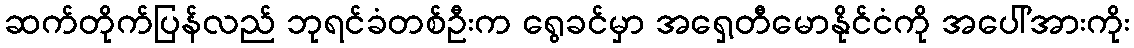
ဆက်တိုက်ပြန်လည် ဘုရင်ခံတစ်ဦးက ရွေခင်မှာ အရှေ့တီမောနိုင်ငံကို အပေါ်အားကိုး